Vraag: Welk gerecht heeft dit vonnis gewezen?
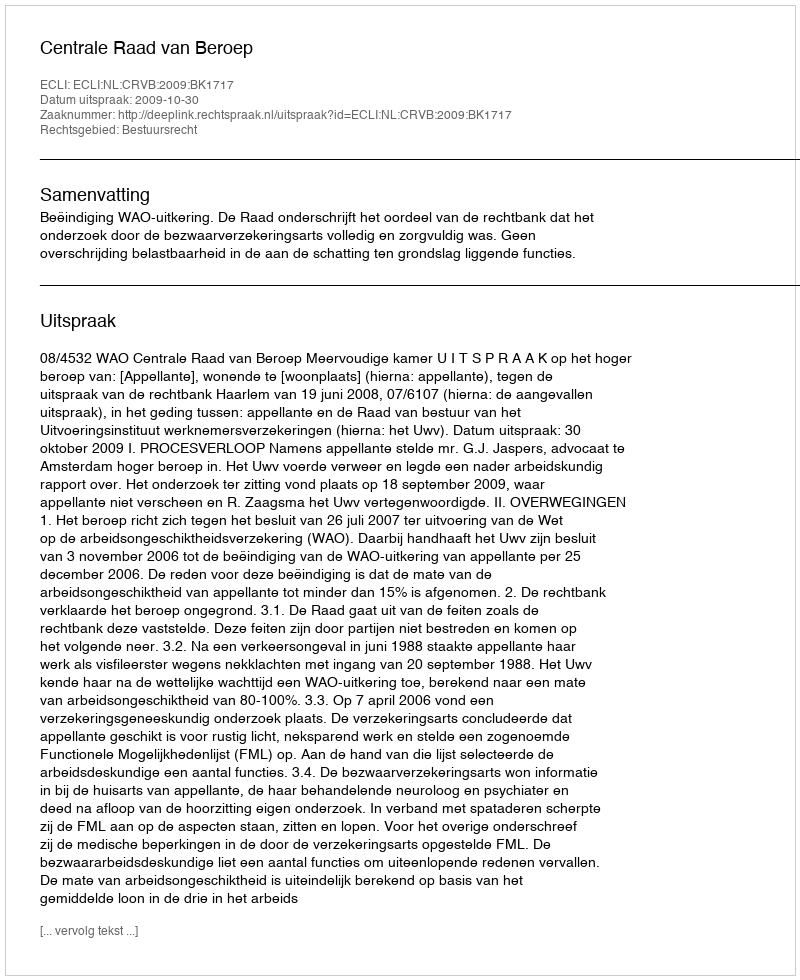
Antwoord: Centrale Raad van Beroep